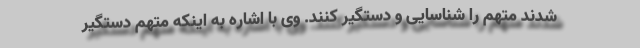
شدند متهم را شناسایی و دستگیر کنند. وی با اشاره به اینکه متهم دستگیر